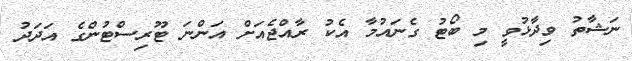
ނަޝާތު ވިދާޅުވީ މި ބޯޓު ގެނައުމާ އެކު ރާއްޖެއަށް އަންނަ ޓޫރިސްޓުންގެ އަދަދު